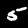
Label: 5